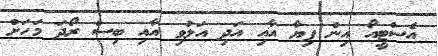
އެސްޓީއޯ އިން ފިޔާ އާއި އަދި އަލުވި އާއި ބިސް ރޯދަ މަހަށް